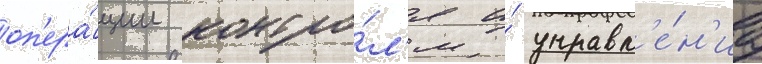
оп'ера́ции контро́л'я и́ управл'е́н'иа